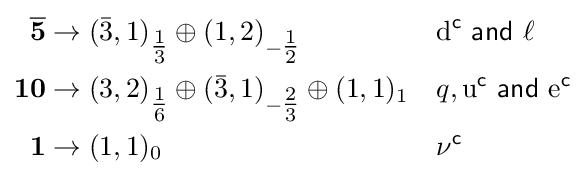
{\begin{aligned}{\overline {\mathbf {5} }}&\to ({\bar {3}},1)_{\tfrac {1}{3}}\oplus (1,2)_{-{\tfrac {1}{2}}}&&\mathrm {d} ^{\mathsf {c}}{\mathsf {~and~}}\ell \\\mathbf {10} &\to (3,2)_{\tfrac {1}{6}}\oplus ({\bar {3}},1)_{-{\tfrac {2}{3}}}\oplus (1,1)_{1}&&q,\mathrm {u} ^{\mathsf {c}}{\mathsf {~and~}}\mathrm {e} ^{\mathsf {c}}\\\mathbf {1} &\to (1,1)_{0}&&\nu ^{\mathsf {c}}\end{aligned}}